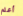
أعلم